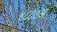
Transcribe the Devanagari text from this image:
४८८७अ